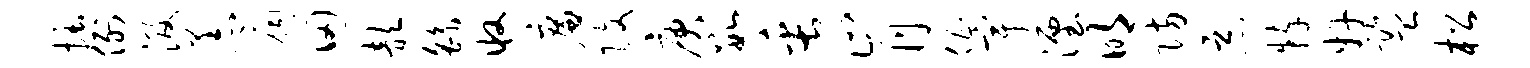
掘例汲恙扃田歆繇收廉改庚数缶肯倡宇湮明防恶粹奸监松